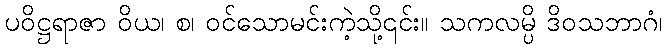
ပဝိဋ္ဌရာဇာ ဝိယ၊ စ၊ ဝင်သောမင်းကဲ့သို့၎င်း။ သကလမ္ပိ ဒိဝသဘာဂံ၊